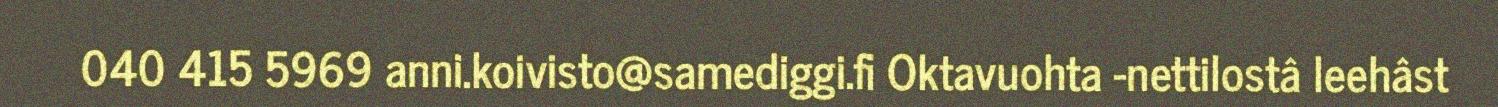
040 415 5969 anni.koivisto@samediggi.fi Oktavuohta -nettilostâ leehâst